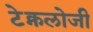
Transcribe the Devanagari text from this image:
टेक्नलोजी